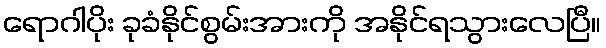
ရောဂါပိုး ခုခံနိုင်စွမ်းအားကို အနိုင်ရသွားလေပြီ။